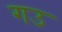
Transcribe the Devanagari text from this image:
गउ